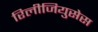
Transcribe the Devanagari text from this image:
रिलीजियुसेस